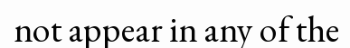
not appear in any of the